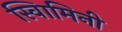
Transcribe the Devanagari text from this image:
स्वािमिनी